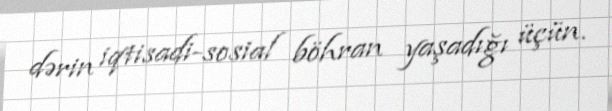
dərin iqtisadi-sosial böhran yaşadığı üçün.